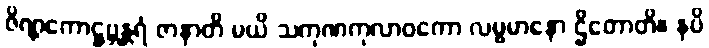
ဇိဏ္ဏကောဋ္ဌဗ္ဘန္တရံ ဇာနာတိ မယိ သကုဏကုလာဝကော လမ္ဗမာနော ဌိတောတိ။ နပိ